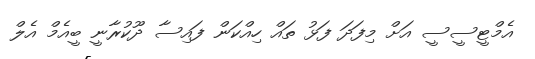
އެމްޓީސީސީ އަށް މިފަދަ ފަޅު ތައް ހިއްކަން ފައިސާ ދޫކުރާނީ ބީއެމް އެލް